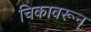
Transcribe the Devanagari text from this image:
चिकावरून